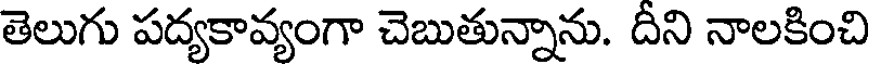
తెలుగు పద్యకావ్యంగా చెబుతున్నాను. దీని నాలకించి